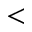
<